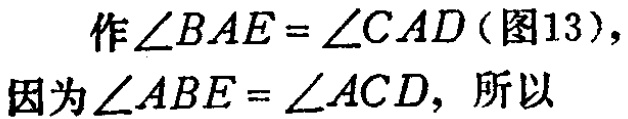
作\(\angle BAE = \angle CAD\)（图13），
因为\(\angle ABE = \angle ACD\)，所以